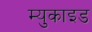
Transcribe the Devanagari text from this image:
म्युकाइड